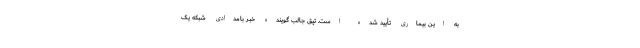
به این بیماری تأیید شده است. تپق جالب گوينده خبر بامدادی شبکه یک